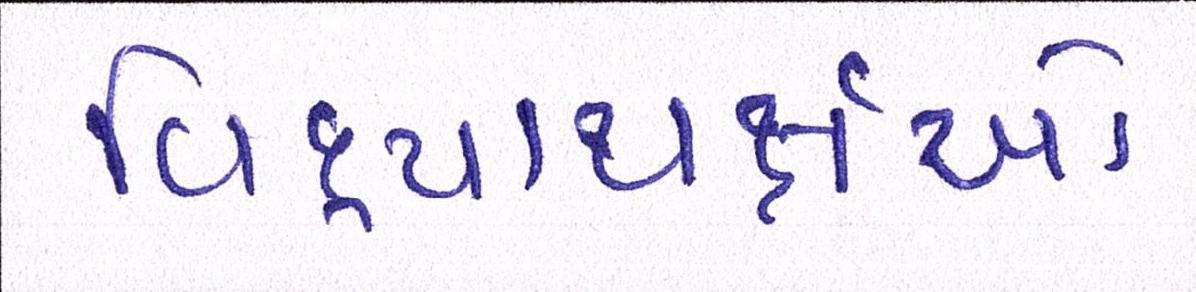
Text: વિદ્યાથર્ક્ષઓ